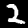
Label: 2